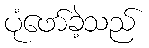
ပုံဖော်ခဲ့သည်